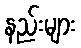
နည်းများ